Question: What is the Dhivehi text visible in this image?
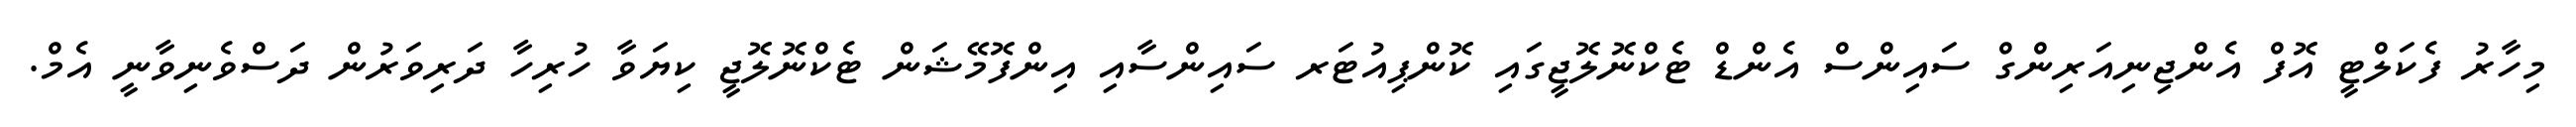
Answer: މިހާރު ފެކަލްޓީ އޮފް އެންޖިނިއަރިންގް ސައިންސް އެންޑް ޓެކްނޮލޮޖީގައި ކޮންޕިއުޓަރ ސައިންސާއި އިންފޮމޭޝަން ޓެކްނޮލޮޖީ ކިޔަވާ ހުރިހާ ދަރިވަރުން ދަސްވެނިވާނީ އެމް.